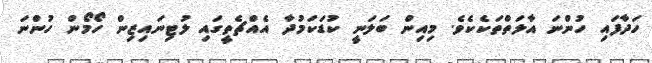
ހަދާފައި ހުންނަ އާލަތްތަކެކެވެ. މިއިން ބަލަނީ ކުޑަކަމުދާ އެއްޗެތީގައި ލުޓިނައިޒިން ހޯމޯން ހުންނަ